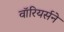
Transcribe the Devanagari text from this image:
वॉरियर्सने